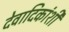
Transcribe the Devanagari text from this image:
देवादिकांशी